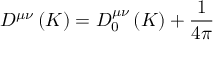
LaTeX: D ^ { \mu \nu } \left( K \right) = D _ { 0 } ^ { \mu \nu } \left( K \right) + \frac { 1 } { 4 \pi }